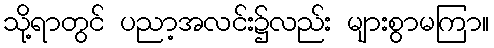
သို့ရာတွင် ပညာ့အလင်း၌လည်း များစွာမကြာ။